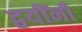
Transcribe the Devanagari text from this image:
द्वयींनी